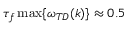
\tau _ { f } \operatorname* { m a x } \{ \omega _ { T D } ( k ) \} \approx 0 . 5